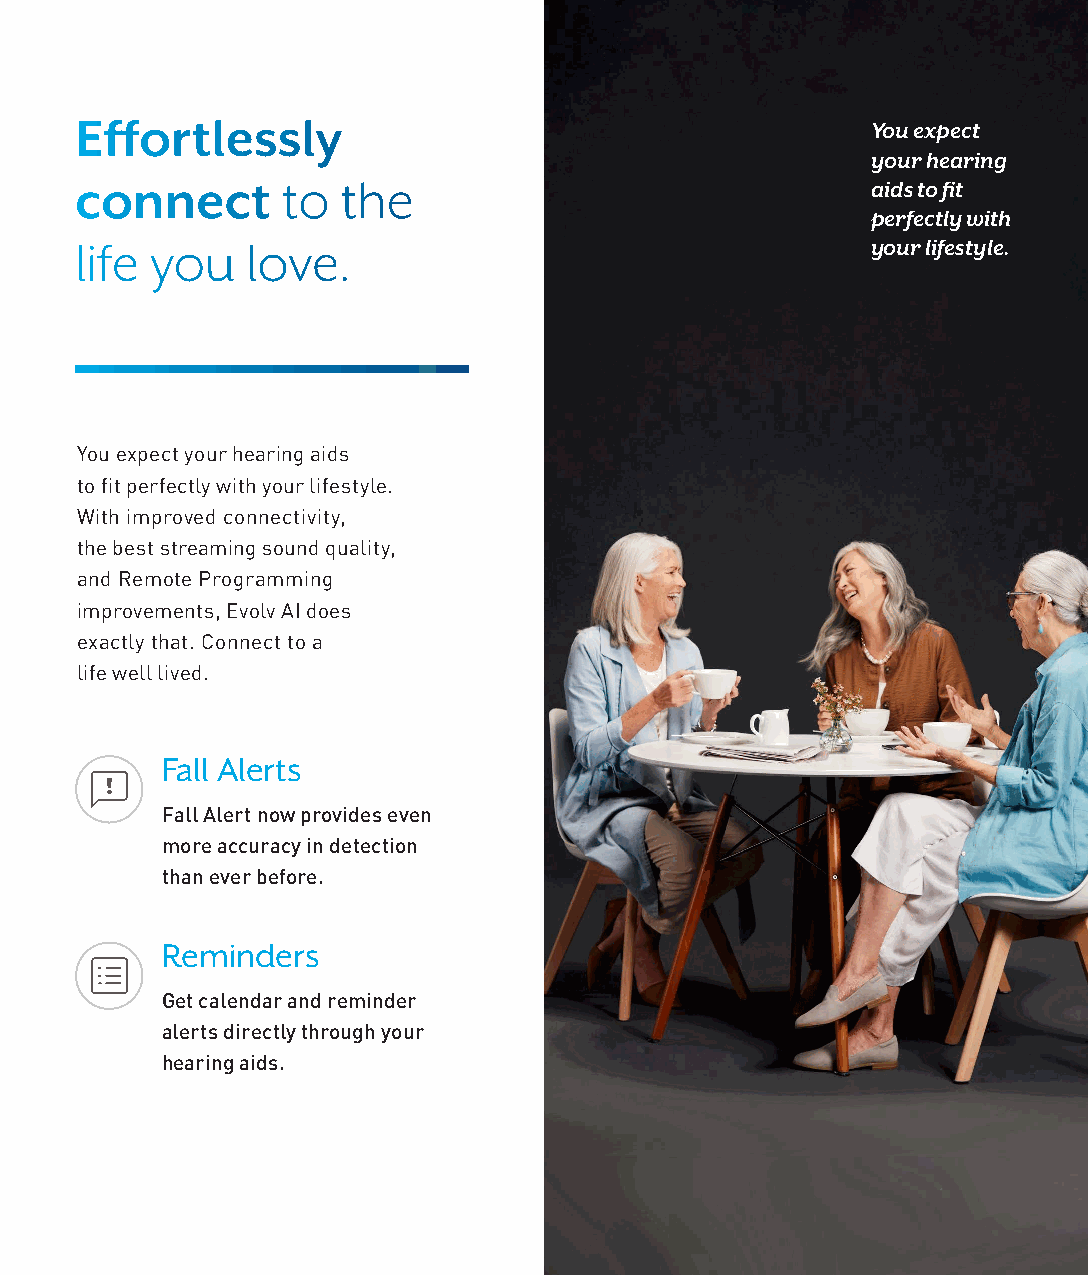
Effortlessly
 You expect
 your hearing
 connect       to  the                                aids to fit
 perfectly with
 life you   love.                                     your lifestyle.
 You expect your hearing aids
 to fit perfectly with your lifestyle.
 With improved connectivity,
 the best streaming sound quality,
 and Remote Programming
 improvements, Evolv AI does
 exactly that. Connect to a
 life well lived.
 Fall Alerts
 Fall Alert now provides even
 more accuracy in detection
 than ever before.
 Reminders
 Get calendar and reminder
 alerts directly through your
 hearing aids.